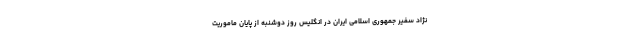
نژاد سفیر جمهوری اسلامی ایران در انگلیس روز دوشنبه از پایان ماموریت